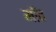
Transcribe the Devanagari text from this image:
मॉव